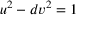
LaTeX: u ^ { 2 } - d v ^ { 2 } = 1